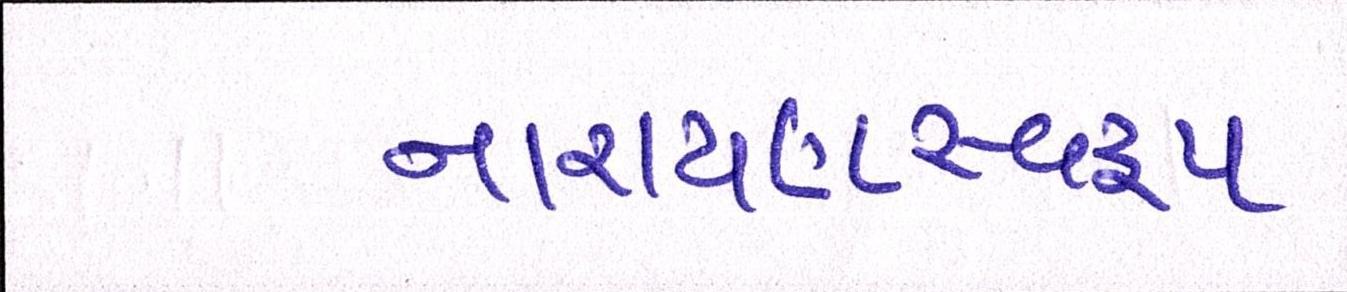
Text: નારાયણસ્વરૂપ